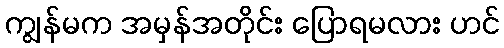
ကျွန်မက အမှန်အတိုင်း ပြောရမလား ဟင်